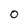
Character: 0